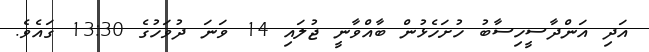
އަދި އަންދާސީހިސާބު ހުށަހެޅުން ބާއްވާނީ ޖުލައި 14 ވަނަ ދުވަހުގެ 13:30 ގައެވެ.